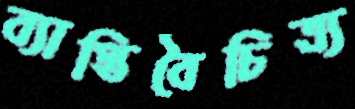
ব্যাপ্তিবৈচিত্র্য